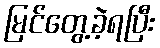
မြင်တွေ့ခဲ့ရပြီး